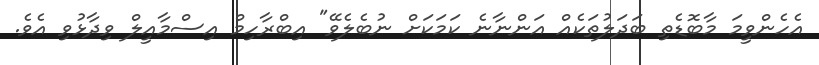
އެހެންވީމަ މާބޮޑެތި ބަަދަލުތަކެއް އަންނާނެ ކަމަކަށް ނުބެލެވޭ" އިބްރާހިމް އިސްމާއީލް ވިދާޅުވި އެވެ.